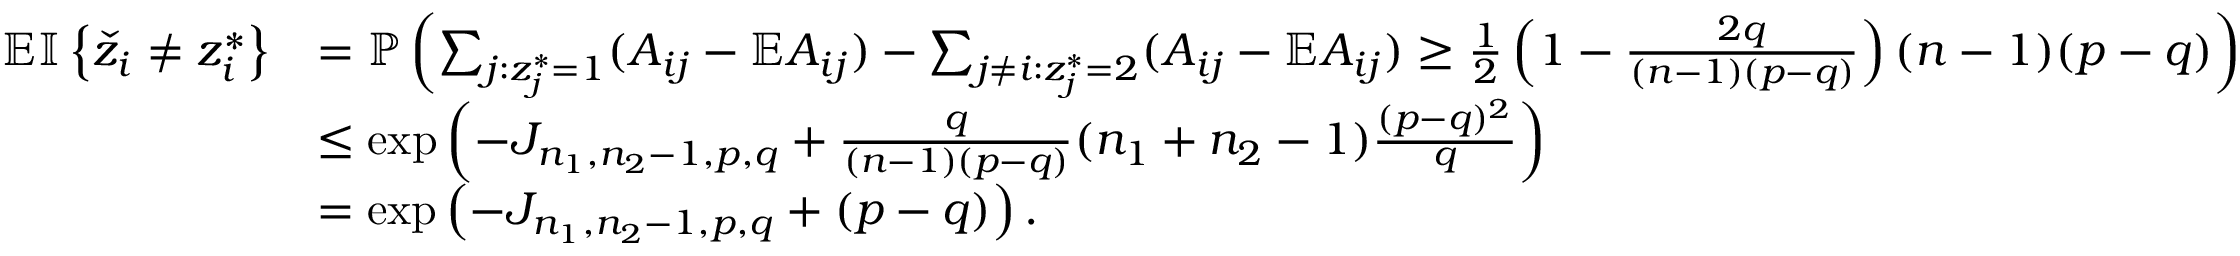
\begin{array} { r l } { \mathbb { E } { \mathbb { I } \left\{ { \check { z } _ { i } \neq z _ { i } ^ { * } } \right\} } } & { = \mathbb { P } \left( \sum _ { j : z _ { j } ^ { * } = 1 } ( A _ { i j } - \mathbb { E } A _ { i j } ) - \sum _ { j \neq i : z _ { j } ^ { * } = 2 } ( A _ { i j } - \mathbb { E } A _ { i j } ) \geq \frac { 1 } { 2 } \left( 1 - \frac { 2 q } { ( n - 1 ) ( p - q ) } \right) ( n - 1 ) ( p - q ) \right) } \\ & { \leq \exp \left( - J _ { n _ { 1 } , n _ { 2 } - 1 , p , q } + \frac { q } { ( n - 1 ) ( p - q ) } ( n _ { 1 } + n _ { 2 } - 1 ) \frac { ( p - q ) ^ { 2 } } { q } \right) } \\ & { = \exp \left( - J _ { n _ { 1 } , n _ { 2 } - 1 , p , q } + ( p - q ) \right) . } \end{array}